Civil Veterinary Dept. Bombay admin report 1932-41 - 1932-1941
Year: 1932
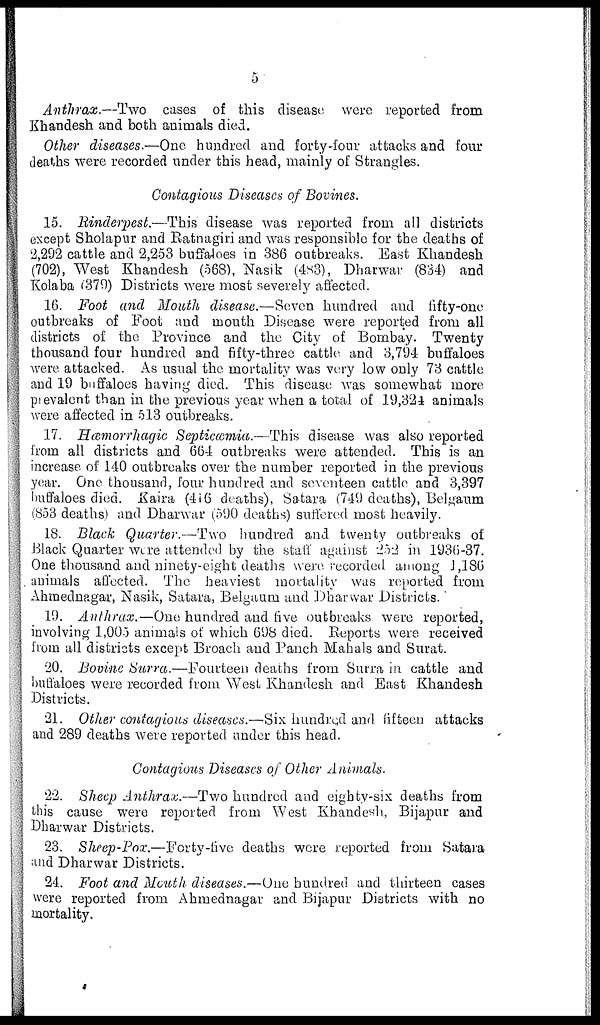
5
Anthrax.—Two
cases of this disease were reported from
Khandesh and both animals died.
Other diseases.—One hundred and forty-four attacks and four
deaths were recorded under this head, mainly of Strangles.
Contagious Diseases of Bovines.
15. Rinderpest.—This disease was reported from all districts
except Sholapur and Ratnagiri and was responsible for the deaths of
2,292 cattle and 2,253 buffaloes in 386 outbreaks. East Khandesh
(702), West Khandesh (568), Nasik (483), Dharwar (834) and
Kolaba (379) Districts were most severely affected.
16. Foot and Mouth disease.—Seven hundred and fifty-one
outbreaks of Foot and mouth Disease were reported from all
districts of the Province and the City of Bombay. Twenty
thousand four hundred and fifty-three cattle and 3,794 buffaloes
were attacked. As usual the mortality was very low only 73 cattle
and 19 buffaloes having died. This disease was somewhat more
prevalent than in the previous year when a total of 19,321 animals
were affected in 513 outbreaks.
17. Hæmorrhagic Septicæmia.—This disease was also reported
from all districts and 664 outbreaks were attended. This is an
increase of 140 outbreaks over the number reported in the previous
year. One thousand, four hundred and seventeen cattle and 3,397
buffaloes died. Kaira (416 deaths), Satara (749 deaths), Belgaum
(853 deaths) and. Dharwar (590 deaths) suffered most heavily.
18. Black Quarter.—Two hundred and twenty outbreaks of
Black Quarter were attended by the staff against 252 in 1936-37.
One thousand and ninety-eight deaths were recorded among 1,186
animals affected. The heaviest mortality was reported from
Ahmednagar, Nasik, Satara, Belgaum and Dharwar Districts.
19. Anthrax.—One hundred and five outbreaks were reported,
involving 1,005 animals of which 698 died. Reports were received
from all districts except Broach and Panch Mahals and Surat.
20. Bovine Surra.—Fourteen deaths from Surra in cattle and
buffaloes were recorded from West Khandesh and East Khandesh
Districts.
21. Other contagious diseases.—Six hundred and. fifteen attacks
and 289 deaths were reported under this head.
Contagious Diseases of Other Animals.
22. Sheep Anthrax.—Two hundred and eighty-six deaths from
this cause were reported from West Khandesh, Bijapur and
Dharwar Districts.
23. Sheep-Pox.—Forty-five deaths were reported from Satara
and Dharwar Districts.
24. Foot and Mouth diseases.—One hundred and thirteen cases
were reported from Ahmednagar and Bijapur Districts with no
mortality.